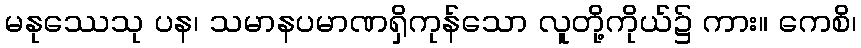
မနုဿေသု ပန၊ သမာနပမာဏရှိကုန်သော လူတို့ကိုယ်၌ ကား။ ကေစိ၊